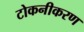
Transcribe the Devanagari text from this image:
टोकनीकरण